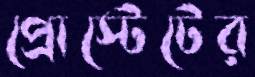
প্রোস্টেটের